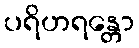
ပရိဟရန္တော